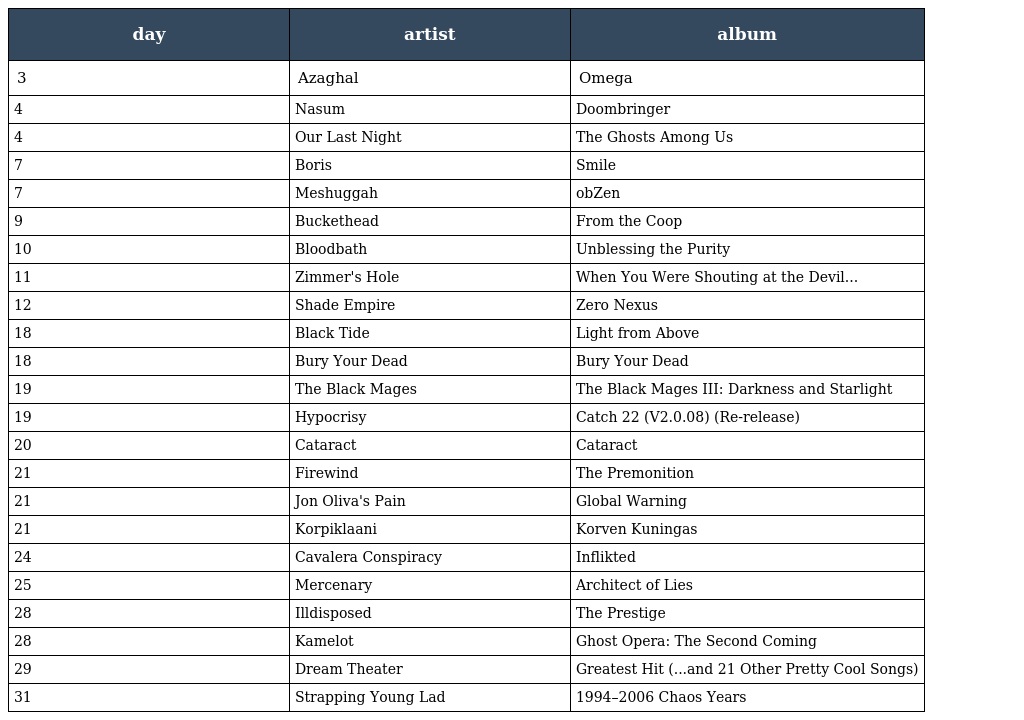
| day | artist | album |
 | --- | --- | --- |
 | 3 | Azaghal | Omega |
 | 4 | Nasum | Doombringer |
 | 4 | Our Last Night | The Ghosts Among Us |
 | 7 | Boris | Smile |
 | 7 | Meshuggah | obZen |
 | 9 | Buckethead | From the Coop |
 | 10 | Bloodbath | Unblessing the Purity |
 | 11 | Zimmer's Hole | When You Were Shouting at the Devil... |
 | 12 | Shade Empire | Zero Nexus |
 | 18 | Black Tide | Light from Above |
 | 18 | Bury Your Dead | Bury Your Dead |
 | 19 | The Black Mages | The Black Mages III: Darkness and Starlight |
 | 19 | Hypocrisy | Catch 22 (V2.0.08) (Re-release) |
 | 20 | Cataract | Cataract |
 | 21 | Firewind | The Premonition |
 | 21 | Jon Oliva's Pain | Global Warning |
 | 21 | Korpiklaani | Korven Kuningas |
 | 24 | Cavalera Conspiracy | Inflikted |
 | 25 | Mercenary | Architect of Lies |
 | 28 | Illdisposed | The Prestige |
 | 28 | Kamelot | Ghost Opera: The Second Coming |
 | 29 | Dream Theater | Greatest Hit (...and 21 Other Pretty Cool Songs) |
 | 31 | Strapping Young Lad | 1994–2006 Chaos Years |